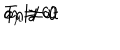
a _ { \mu } \ne 0 \hspace { 5 m m } \mathrm { o n l y ~ a t } \hspace { 5 m m } T = 0